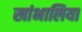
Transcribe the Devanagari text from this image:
खांभालिया